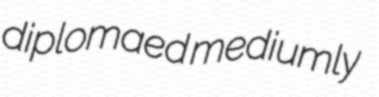
diplomaed mediumly